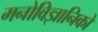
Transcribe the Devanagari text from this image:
मनोविज्ञानिको